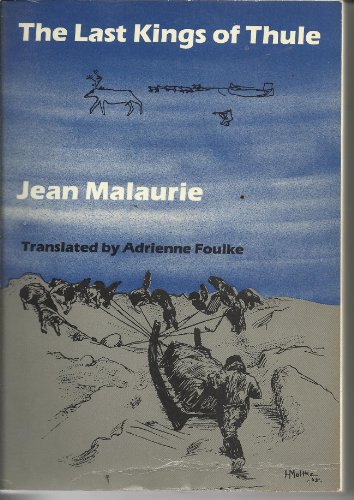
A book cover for The Last Kings of Thule: With the Polar Eskimos, As They Face Their Destiny; Jean Malaurie; History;